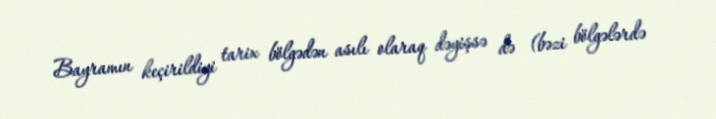
Bayramın keçirildiyi tarix bölgədən asılı olaraq dəyişsə də (bəzi bölgələrdə